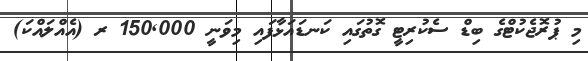
މި ޕުރޮޖެކުޓްގެ ބިޑް ސެކުރިޓީ ގޮތުގައި ކަނޑައަޅާފައި މިވަނީ 150